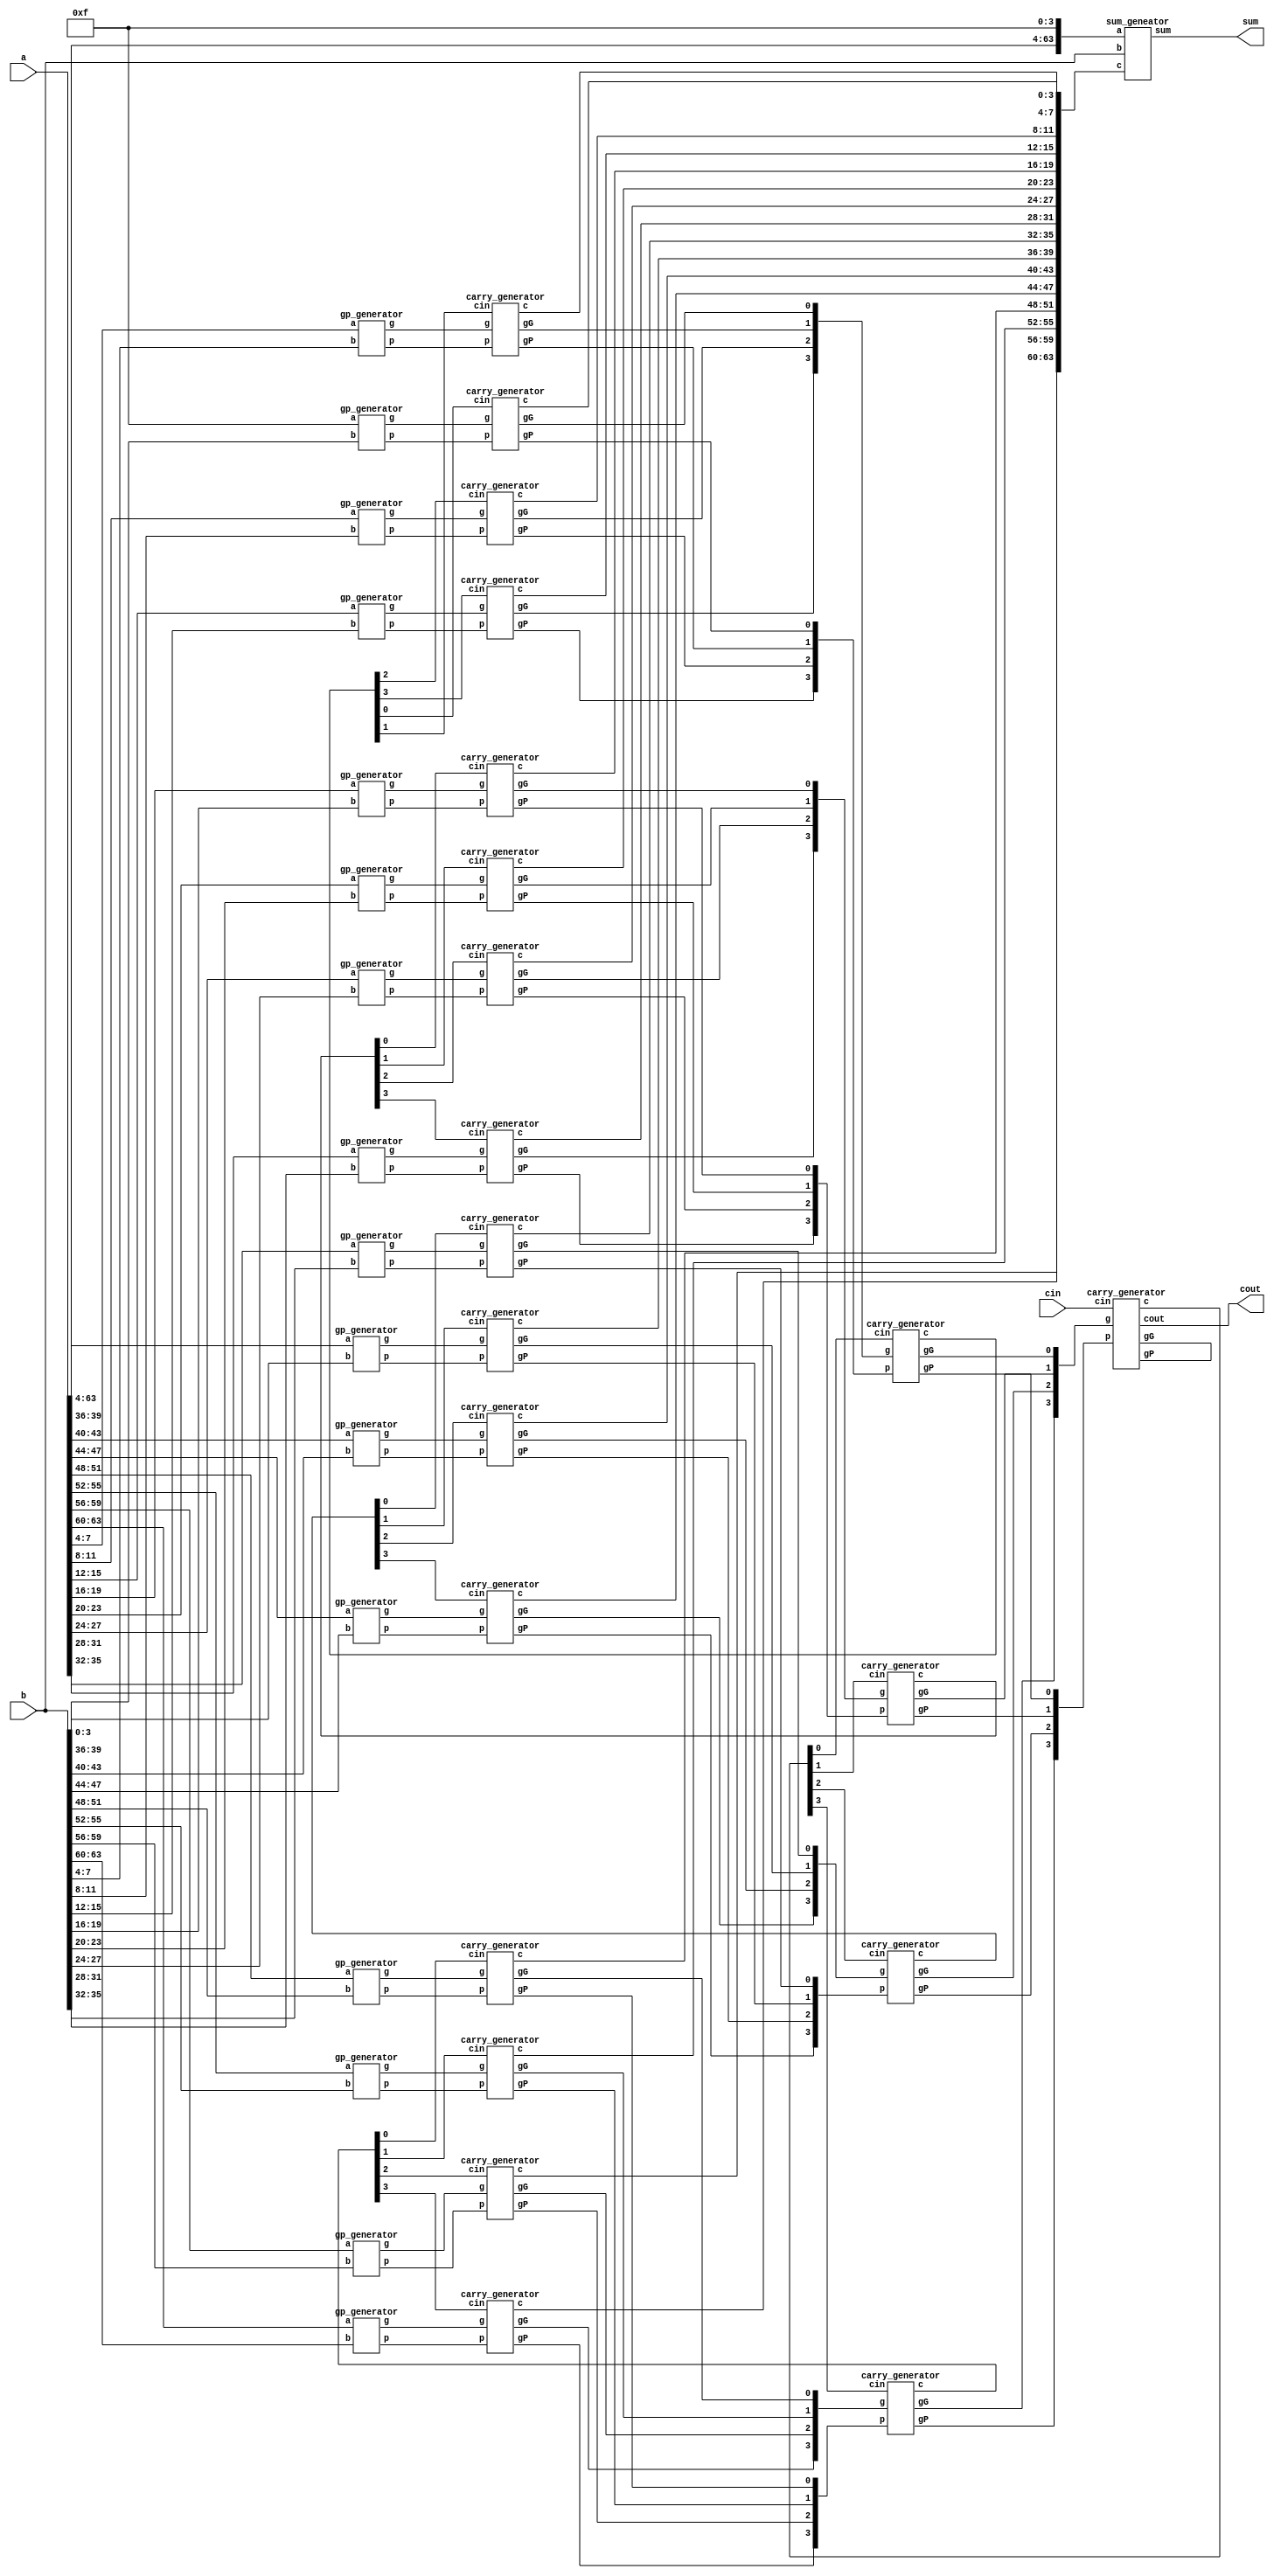
`timescale 1ns/1ps
module CLA_64bit(a,b,cin,sum,cout);
    input [63:0] a,b;
    input cin;
    output [63:0] sum;
    output cout;
    
    //---Write down your design here---//
	wire [63:0] g,p;
	wire [63:0] c;
	wire [15:0] gG4,gP4;
	wire [3:0] gG16,gP16;
	wire [15:0] c4;
	wire [3:0] c16;
	
    //generate g & p
	gp_generator gp_generator1(4'b1111 , b[3:0] , g[3:0] , p[3:0]);
	gp_generator gp_generator2(a[7:4] , b[7:4] , g[7:4] , p[7:4]);
	gp_generator gp_generator3(a[11:8] , b[11:8] , g[11:8] , p[11:8]);
	gp_generator gp_generator4(a[15:12] , b[15:12] , g[15:12] , p[15:12]);
	
	gp_generator gp_generator5(a[19:16] , b[19:16] , g[19:16] , p[19:16]);
	gp_generator gp_generator6(a[23:20] , b[23:20] , g[23:20] , p[23:20]);
	gp_generator gp_generator7(a[27:24] , b[27:24] , g[27:24] , p[27:24]);
	gp_generator gp_generator8(a[31:28] , b[31:28] , g[31:28] , p[31:28]);
	
	gp_generator gp_generator9(a[35:32] , b[35:32] ,g[35:32] , p[35:32]);
	gp_generator gp_generator10(a[39:36] , b[39:36] ,g[39:36] , p[39:36]);
	gp_generator gp_generator11(a[43:40] , b[43:40] ,g[43:40] , p[43:40]);
	gp_generator gp_generator12(a[47:44] , b[47:44] , g[47:44] , p[47:44]);

	gp_generator gp_generator13(a[51:48] ,b[51:48] ,g[51:48] ,p[51:48]);
	gp_generator gp_generator14(a[55:52] ,b[55:52] ,g[55:52] ,p[55:52]);
	gp_generator gp_generator15(a[59:56] ,b[59:56] ,g[59:56] ,p[59:56]);
	gp_generator gp_generator16(a[63:60],b[63:60],g[63:60],p[63:60]);
	
	//generate P & G
	carry_generator GP_generator_c4(g[3:0] , p[3:0] , c4[0] , c[3:0] , gG4[0] , gP4[0] ,);
	carry_generator GP_generator_c8(g[7:4] , p[7:4] , c4[1] , c[7:4] , gG4[1] , gP4[1] ,);
	carry_generator GP_generator_c12(g[11:8] , p[11:8] , c4[2] , c[11:8] , gG4[2] , gP4[2] ,);
	carry_generator GP_generator_c16(g[15:12] , p[15:12] , c4[3] , c[15:12] ,  gG4[3] , gP4[3] ,);
	
	carry_generator GP_generator_c20(g[19:16] , p[19:16] , c4[4] , c[19:16] ,  gG4[4] , gP4[4] ,);
	carry_generator GP_generator_c24(g[23:20] , p[23:20] , c4[5] , c[23:20] ,  gG4[5] , gP4[5] ,);
	carry_generator GP_generator_c28(g[27:24] , p[27:24] , c4[6] , c[27:24] ,  gG4[6] , gP4[6] ,);
	carry_generator GP_generator_c32(g[31:28] , p[31:28] , c4[7] , c[31:28] ,  gG4[7] , gP4[7] ,);
	
	carry_generator GP_generator_c36(g[35:32] , p[35:32] , c4[8] , c[35:32] ,  gG4[8],gP4[8] ,);
	carry_generator GP_generator_c40(g[39:36] , p[39:36] , c4[9] , c[39:36] , gG4[9],gP4[9] ,);
	carry_generator GP_generator_c44(g[43:40] , p[43:40] , c4[10] , c[43:40] , gG4[10],gP4[10] ,);
	carry_generator GP_generator_c48(g[47:44] , p[47:44] , c4[11] , c[47:44] , gG4[11],gP4[11] ,);

	carry_generator GP_generator_c52(g[51:48] , p[51:48] , c4[12] , c[51:48] , gG4[12] , gP4[12] ,);
	carry_generator GP_generator_c56(g[55:52] , p[55:52] , c4[13] , c[55:52] , gG4[13] , gP4[13] ,);
	carry_generator GP_generator_c60(g[59:56] , p[59:56] , c4[14] , c[59:56] ,  gG4[14] , gP4[14] ,);
	carry_generator GP_generator_c64(g[63:60] , p[63:60] , c4[15] , c[63:60] ,  gG4[15] , gP4[15] ,);
	
	//generate carry c16
	carry_generator carry_generator_c0(gG4[3:0] , gP4[3:0] , c16[0] , c4[3:0] , gG16[0] , gP16[0] ,);
	carry_generator carry_generator_c16(gG4[7:4] , gP4[7:4] , c16[1] , c4[7:4] , gG16[1] , gP16[1] ,);
	carry_generator carry_generator_c32(gG4[11:8] , gP4[11:8] , c16[2] , c4[11:8] , gG16[2] , gP16[2] ,);
	carry_generator carry_generator_c48(gG4[15:12] , gP4[15:12] , c16[3] , c4[15:12] , gG16[3] , gP16[3] ,);

	//generate all carrys
	carry_generator carry_generator_c(gG16[3:0] , gP16[3:0] , cin , c16[3:0] , , , cout);

	//generate sum
	sum_geneator generate_sum({a[63:4],4'b1111} , b[63:0] , c[63:0] , sum[63:0]);
    //---------------------------------// 

endmodule

module gp_generator(a,b,g,p);

    input [3:0] a,b;
    output [3:0] g,p;
    
    // g = a x b && p = a + b
    assign g = a & b;
    assign p = a | b;

endmodule

module carry_generator(g,p,cin,c,gG,gP,cout);

    input [3:0] g,p;
    input cin;
    output gG,gP;
    output [3:0] c;
    output cout;

    //create gG and gP
    assign gG = g[3] | (p[3] & g[2]) | (p[3] & p[2] & g[1]) | (p[3] & p[2] & p[1] & g[0]);
	assign gP = p[3] & p[2] & p[1] & p[0];
	
    assign c[0] = cin;
    //create carrys
    assign c[1] = g[0] | (p[0] & cin);
    assign c[2] = g[1] | (p[1] & g[0]) | (p[1] & p[0] & cin);
    assign c[3] = g[2] | (p[2] & g[1]) | (p[2] & p[1] & g[0]) | (p[2] & p[1] & p[0] & cin);

    //cout
    assign cout = g[3] | (p[3] & g[2]) | (p[3] & p[2] & g[1]) | (p[3] & p[2] & p[1] & g[0]) | (p[3] & p[2] & p[1] & p[0] & cin);

endmodule

module sum_geneator(a,b,c,sum);

    input [63:0] a,b;
    input [63:0] c;
    output [63:0] sum;

    //sum = a ^ b ^ c;
    assign sum = a ^ b ^ c;

endmodule